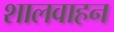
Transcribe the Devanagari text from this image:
शालवाहन